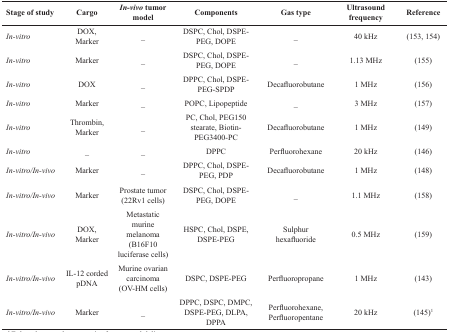
<table><thead><tr><td><b>Stage of study</b></td><td><b>Cargo</b></td><td><b><i>In-vivo</i> tumor model</b></td><td><b>Components</b></td><td><b>Gas type</b></td><td><b>Ultrasound frequency</b></td><td><b>Reference</b></td></tr></thead><tbody><tr><td><b><i>In-vitro</i></b></td><td>DOX, Marker</td><td>_</td><td>DSPC, Chol, DSPE-PEG, DOPE</td><td>_</td><td>40 kHz</td><td>(153, 154)</td></tr><tr><td><b><i>In-vitro</i></b></td><td>Marker</td><td>_</td><td>DSPC, Chol, DSPE-PEG, DOPE</td><td>_</td><td>1.13 MHz</td><td>(155)</td></tr><tr><td><b><i>In-vitro</i></b></td><td>DOX</td><td>_</td><td>DPPC, Chol, DSPE-PEG-SPDP</td><td>Decafluorobutane</td><td>1 MHz</td><td>(156)</td></tr><tr><td><b><i>In-vitro</i></b></td><td>Marker</td><td>_</td><td>POPC, Lipopeptide</td><td>_</td><td>3 MHz</td><td>(157)</td></tr><tr><td><b><i>In-vitro</i></b></td><td>Thrombin, Marker</td><td>_</td><td>PC, Chol, PEG150 stearate, Biotin-PEG3400-PC</td><td>Decafluorobutane</td><td>1 MHz</td><td>(149)</td></tr><tr><td><b><i>In-vitro</i></b></td><td>_</td><td>_</td><td>DPPC</td><td>Perfluorohexane</td><td>20 kHz</td><td>(146)</td></tr><tr><td><b><i>In-vitro</i></b><b>/</b><b><i>In-vivo</i></b></td><td>Marker</td><td>_</td><td>DPPC, Chol, DSPE-PEG, PDP</td><td>Decafluorobutane</td><td>1 MHz</td><td>(148)</td></tr><tr><td><b><i>In-vitro</i></b><b>/</b><b><i>In-vivo</i></b></td><td>Marker</td><td>Prostate tumor (22Rv1 cells)</td><td>DSPC, Chol, DSPE-PEG, DOPE</td><td>_</td><td>1.1 MHz</td><td>(158)</td></tr><tr><td><b><i>In-vitro</i></b><b>/</b><b><i>In-vivo</i></b></td><td>DOX, Marker</td><td>Metastatic murine melanoma (B16F10 luciferase cells)</td><td>HSPC, Chol, DSPE, DSPE-PEG</td><td>Sulphur hexafluoride</td><td>0.5 MHz</td><td>(159)</td></tr><tr><td><b><i>In-vitro</i></b><b>/</b><b><i>In-vivo</i></b></td><td>IL-12 corded pDNA</td><td>Murine ovarian carcinoma (OV-HM cells)</td><td>DSPC, DSPE-PEG</td><td>Perfluoropropane</td><td>1 MHz</td><td>(143)</td></tr><tr><td><b><i>In-vitro</i></b></td><td>Marker</td><td>_</td><td>DPPC, DSPC,DMPC, DSPE-PEG, DLPA, DPPA</td><td>Perfluorohexane, Perfluoropentane</td><td>20 kHz</td><td>(145)<sup>1</sup></td></tr></tbody></table>